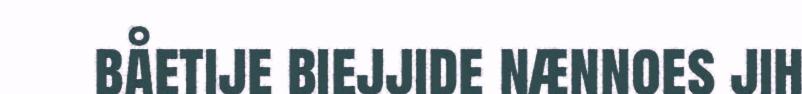
båetije biejjide nænnoes jih